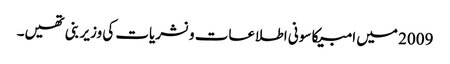
2009 میں امبیکا سونی اطلاعات و نشریات کی وزیر بنی تھیں۔